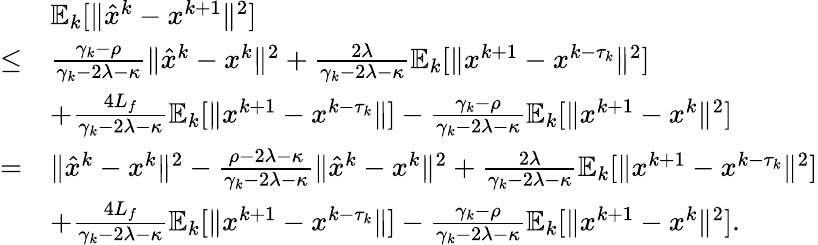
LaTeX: \begin{array}{rl}&{\mathbb{E}_{k}[\| \hat{x}^{k}-x^{k+1}\| ^{2}]}\\ {\leq}&{\frac{\gamma_{k}-\rho}{\gamma_{k}-2\lambda-\kappa}\| \hat{x}^{k}-x^{k}\| ^{2}+\frac{2\lambda}{\gamma_{k}-2\lambda-\kappa}\mathbb{E}_{k}[\| x^{k+1}-x^{k-\tau_{k}}\| ^{2}]}\\ &{+\frac{4L_{f}}{\gamma_{k}-2\lambda-\kappa}\mathbb{E}_{k}[\| x^{k+1}-x^{k-\tau_{k}}\| ]-\frac{\gamma_{k}-\rho}{\gamma_{k}-2\lambda-\kappa}\mathbb{E}_{k}[\| x^{k+1}-x^{k}\| ^{2}]}\\ {=}&{\| \hat{x}^{k}-x^{k}\| ^{2}-\frac{\rho-2\lambda-\kappa}{\gamma_{k}-2\lambda-\kappa}\| \hat{x}^{k}-x^{k}\| ^{2}+\frac{2\lambda}{\gamma_{k}-2\lambda-\kappa}\mathbb{E}_{k}[\| x^{k+1}-x^{k-\tau_{k}}\| ^{2}]}\\ &{+\frac{4L_{f}}{\gamma_{k}-2\lambda-\kappa}\mathbb{E}_{k}[\| x^{k+1}-x^{k-\tau_{k}}\| ]-\frac{\gamma_{k}-\rho}{\gamma_{k}-2\lambda-\kappa}\mathbb{E}_{k}[\| x^{k+1}-x^{k}\| ^{2}].}\end{array}